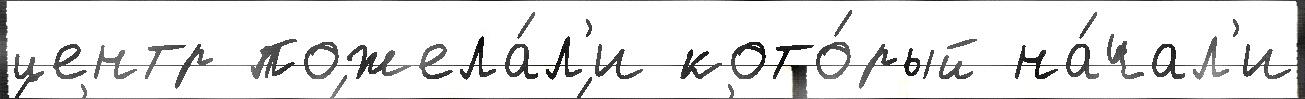
центр пожела́л'и кото́рый на́чал'и